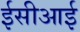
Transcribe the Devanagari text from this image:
ईसीआई